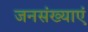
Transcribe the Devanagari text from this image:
जनसंख्याएं